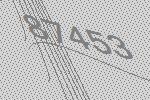
87453